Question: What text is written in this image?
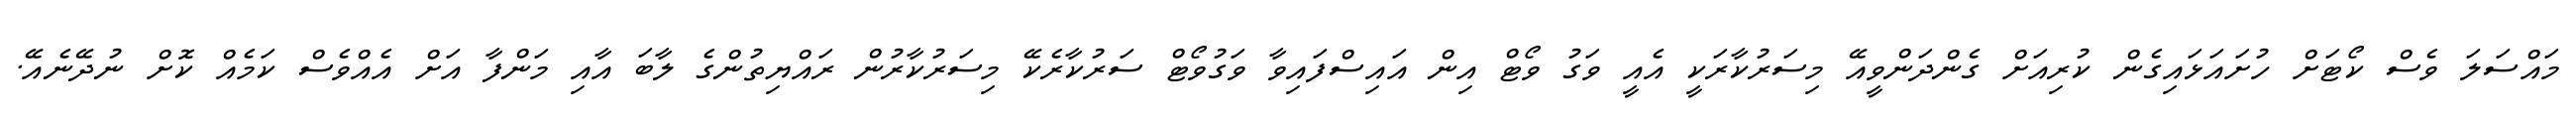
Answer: މައްސަލަ ވެސް ކޯޓަށް ހުށައަޅައިގެން ކުރިއަށް ގެންދަންވީއޭ މިސަރުކާރަކީ އެއީ ވަގު ވޯޓް އިން އައިސްފައިވާ ވަގުވޯޓް ސަރުކާރެކޭ މިސަރުކާރުން ރައްޔިތުންގެ ލާބަ އާއި މަންފާ އަށް އެއްވެސް ކަމެއް ކޮށް ނުދޭނެއޭ.